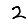
Digit: 2